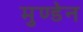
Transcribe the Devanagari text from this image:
मुण्‍डेन